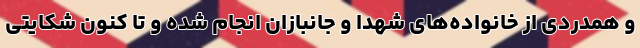
و همدردی از خانواده‌های شهدا و جانبازان انجام شده و تا کنون شکایتی